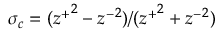
\sigma _ { c } = ( { z ^ { + } } ^ { 2 } - { z ^ { - } } ^ { 2 } ) / ( { z ^ { + } } ^ { 2 } + { z ^ { - } } ^ { 2 } )